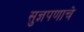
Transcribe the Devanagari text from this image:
सुज्ञपणाचे